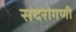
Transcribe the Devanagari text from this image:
सदरांगणी